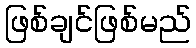
ဖြစ်ချင်ဖြစ်မည်